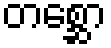
တစ္ဆော